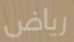
رياض